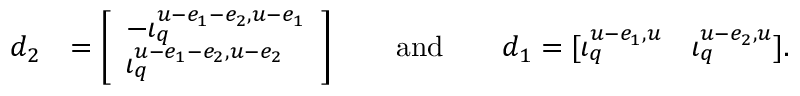
\begin{array} { r l } { d _ { 2 } } & { = \left[ \begin{array} { l } { - \iota _ { q } ^ { u - e _ { 1 } - e _ { 2 } , u - e _ { 1 } } } \\ { \iota _ { q } ^ { u - e _ { 1 } - e _ { 2 } , u - e _ { 2 } } } \end{array} \right] \qquad \mathrm { a n d } \qquad d _ { 1 } = [ \iota _ { q } ^ { u - e _ { 1 } , u } \quad \iota _ { q } ^ { u - e _ { 2 } , u } ] . } \end{array}